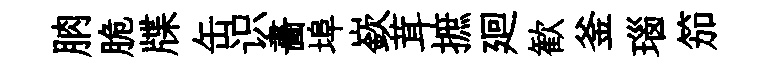
朒脆牒缶识畵埠嶔茸摭廻歓釜瑙笳